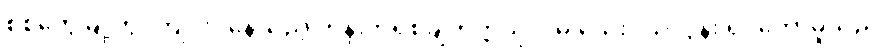
စစ်တွေမြို့တွင်ကျင်းပနေသည့် ကိန်းဘရစ်ချ်တက္ကသိုလ်မှ သေးငယ်လွန်း ရှင်တော်မူသည်